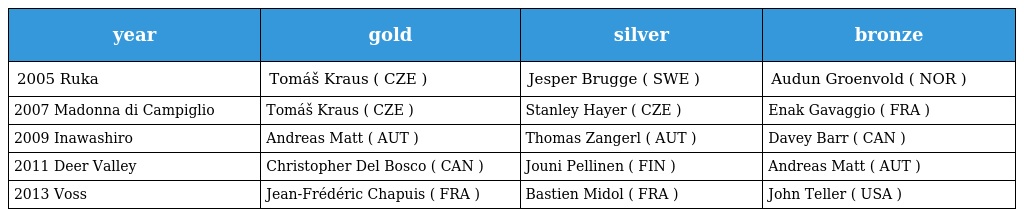
| year | gold | silver | bronze |
 | --- | --- | --- | --- |
 | 2005 Ruka | Tomáš Kraus ( CZE ) | Jesper Brugge ( SWE ) | Audun Groenvold ( NOR ) |
 | 2007 Madonna di Campiglio | Tomáš Kraus ( CZE ) | Stanley Hayer ( CZE ) | Enak Gavaggio ( FRA ) |
 | 2009 Inawashiro | Andreas Matt ( AUT ) | Thomas Zangerl ( AUT ) | Davey Barr ( CAN ) |
 | 2011 Deer Valley | Christopher Del Bosco ( CAN ) | Jouni Pellinen ( FIN ) | Andreas Matt ( AUT ) |
 | 2013 Voss | Jean-Frédéric Chapuis ( FRA ) | Bastien Midol ( FRA ) | John Teller ( USA ) |